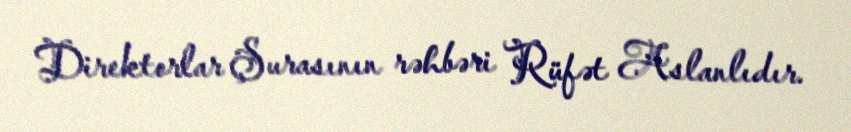
Direktorlar Şurasının rəhbəri Rüfət Aslanlıdır.